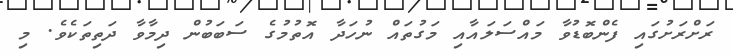
ރަށްރަށުގައި ފެންބޮޑުވާ މައްސަލައާއި މަގުތައް ނުހަދާ އޮތުމުގެ ސަބަބުން ދިމާވާ ދަތިތަކެވެ. މި